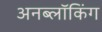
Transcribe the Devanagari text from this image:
अनब्लॉकिंग